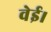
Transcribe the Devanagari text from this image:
वेई।